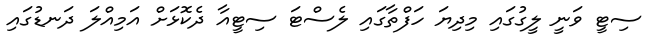
ސިޓީ ވަނީ ލީގުގައި މިދިޔަ ހަފްތާގައި ލެސްޓަ ސިޓީއާ ދެކޮޅަށް އަމިއްލަ ދަނޑުގައި